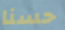
حسنا